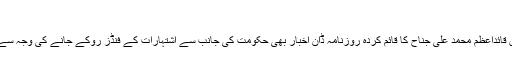
‘
مزید کہا گیا کہ بانی پاکستان قائداعظم محمد علی جناح کا قائم کردہ روزنامہ ڈان اخبار بھی حکومت کی جانب سے اشتہارات کے فنڈز روکے جانے کی وجہ سے مالی مشکلات کا شکار ہوا۔